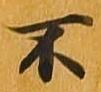
不